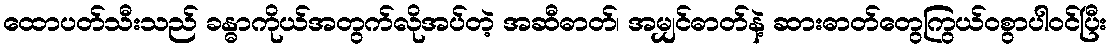
ထောပတ်သီးသည် ခန္ဓာကိုယ်အတွက်လိုအပ်တဲ့ အဆီဓာတ်၊ အမျှင်ဓာတ်နဲ့ ဆားဓာတ်တွေကြွယ်ဝစွာပါဝင်ပြီး